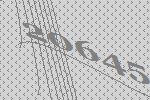
20645